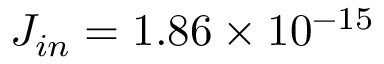
J _ { i n } = 1 . 8 6 \times 1 0 ^ { - 1 5 }